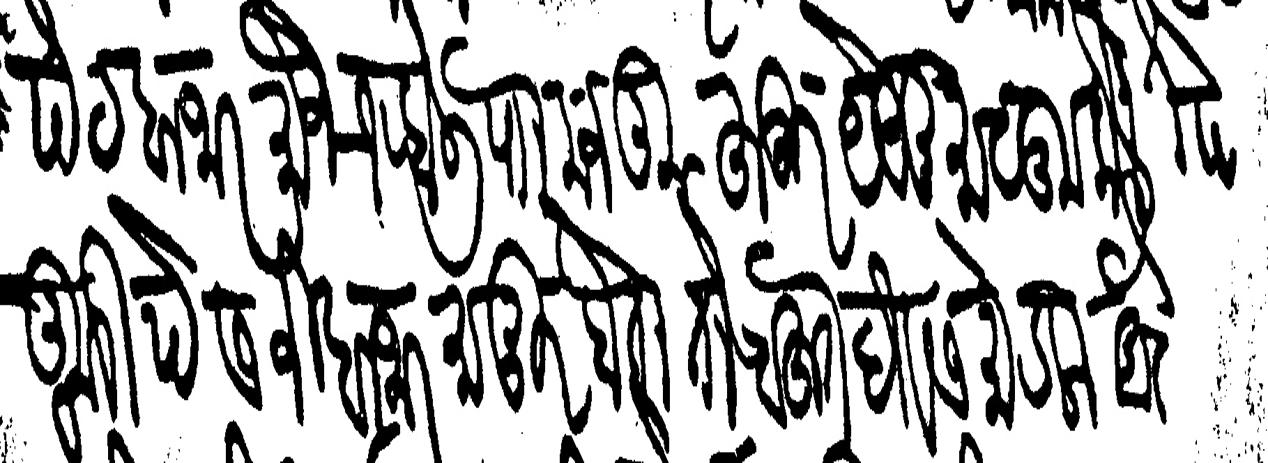
Transliteration (Devanagari): रामसेटी सेठ पेठ बाजार मौजे चहोली पा मजकूर हुजूर येउनु मालूम केले जे कुरी पेसजी बाजार मामूर होता तो बहुत दिवस मोडला आहे